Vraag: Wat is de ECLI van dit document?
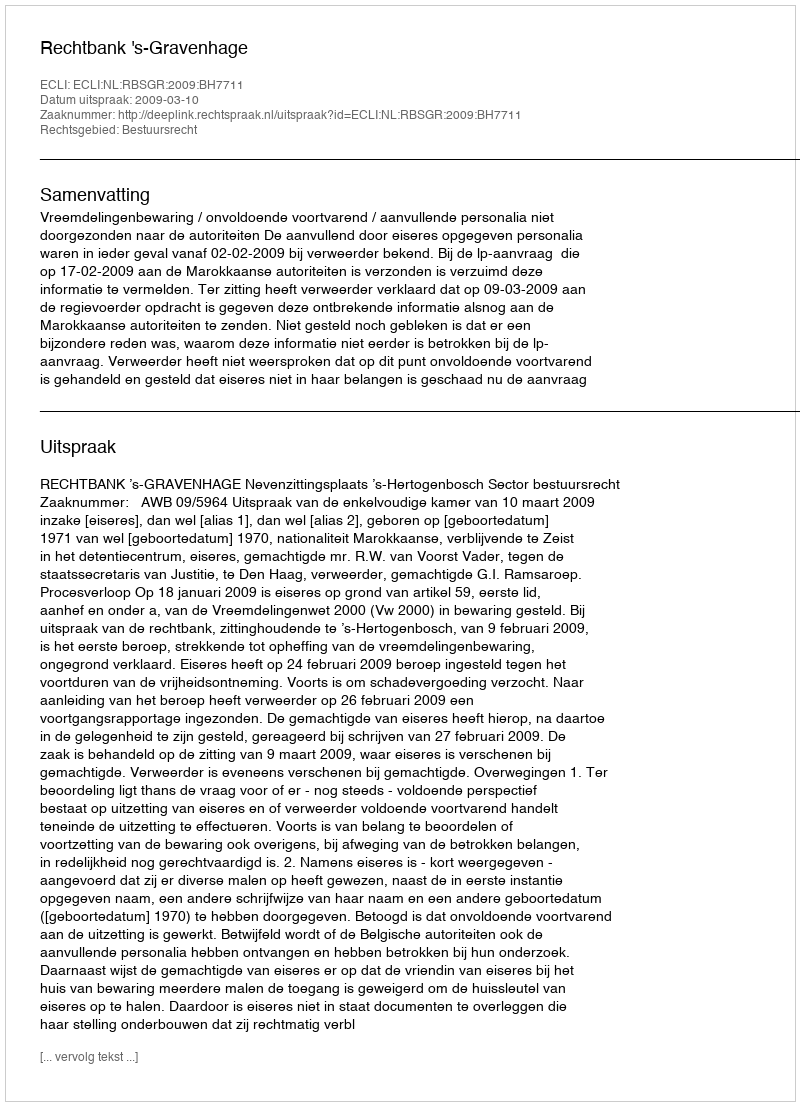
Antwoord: ECLI:NL:RBSGR:2009:BH7711